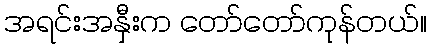
အရင်းအနှီးက တော်တော်ကုန်တယ်။